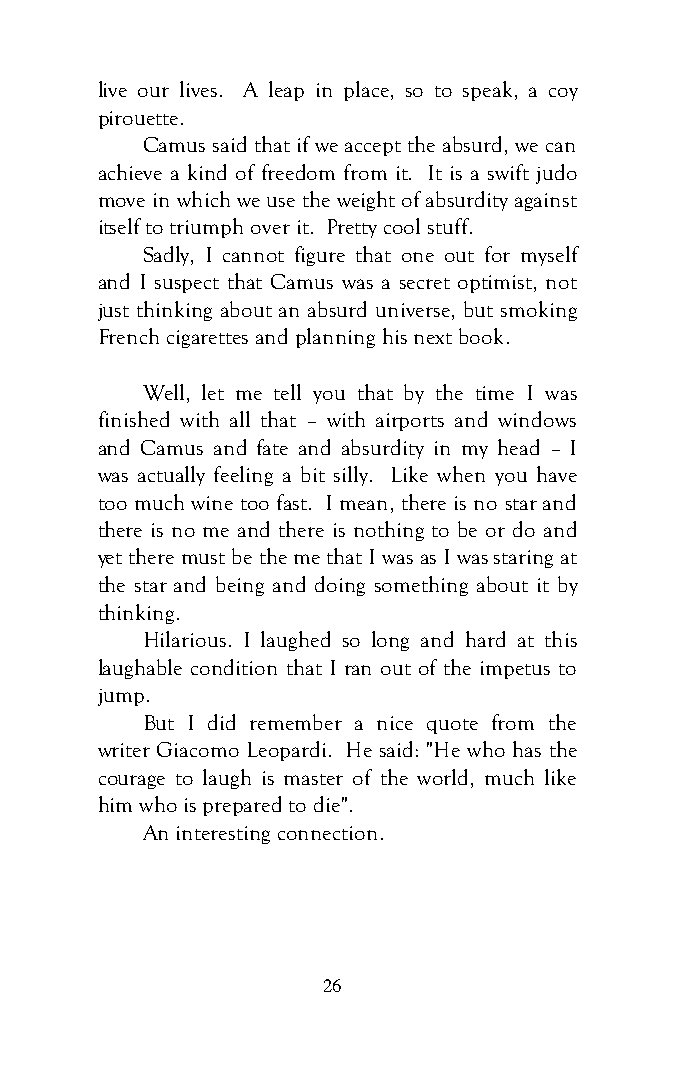
live our lives. A leap in place, so to speak, a coy
 pirouette.
 Camus said that if we accept the absurd, we can
 achieve a kind of freedom from it. It is a swift judo
 move in which we use the weight of absurdity against
 itself to triumph over it. Pretty cool stuff.
 Sadly, I cannot figure that one out for myself
 and I suspect that Camus was a secret optimist, not
 just thinking about an absurd universe, but smoking
 French cigarettes and planning his next book.
 Well, let me tell you that by the time I was
 finished with all that – with airports and windows
 and Camus and fate and absurdity in my head – I
 was actually feeling a bit silly. Like when you have
 too much wine too fast. I mean, there is no star and
 there is no me and there is nothing to be or do and
 yet there must be the me that I was as I was staring at
 the star and being and doing something about it by
 thinking.
 Hilarious. I laughed so long and hard at this
 laughable condition that I ran out of the impetus to
 jump.
 But I did remember a nice quote from the
 writer Giacomo Leopardi. He said: "He who has the
 courage to laugh is master of the world, much like
 him who is prepared to die".
 An interesting connection.
 26